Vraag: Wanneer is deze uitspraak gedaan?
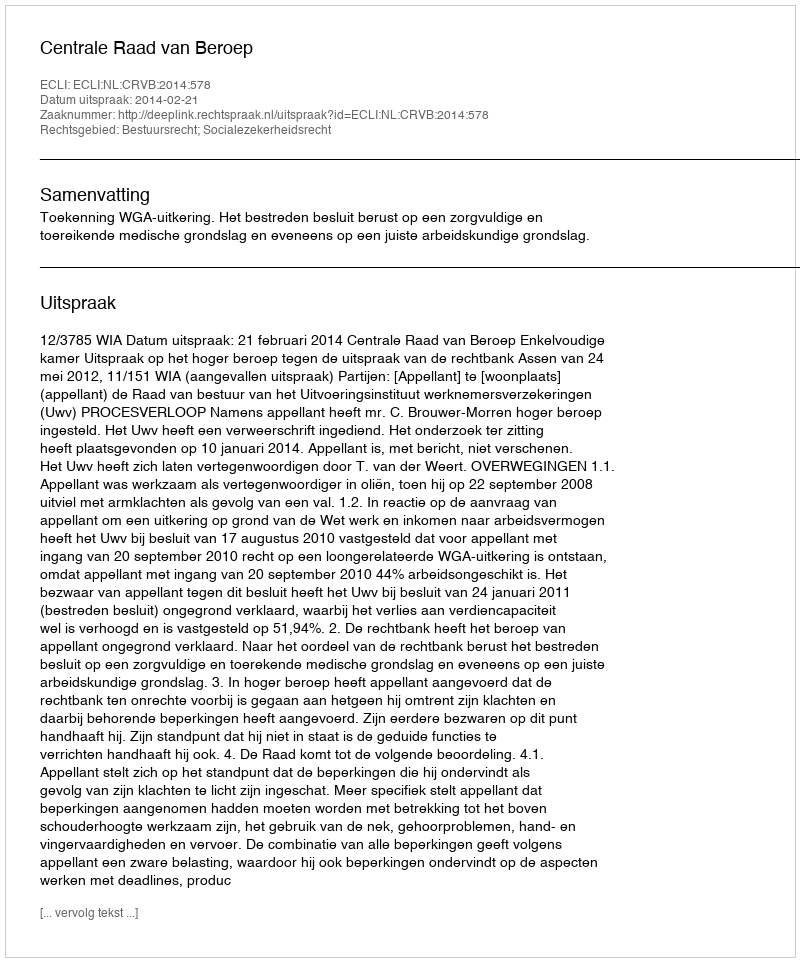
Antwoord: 2014-02-21